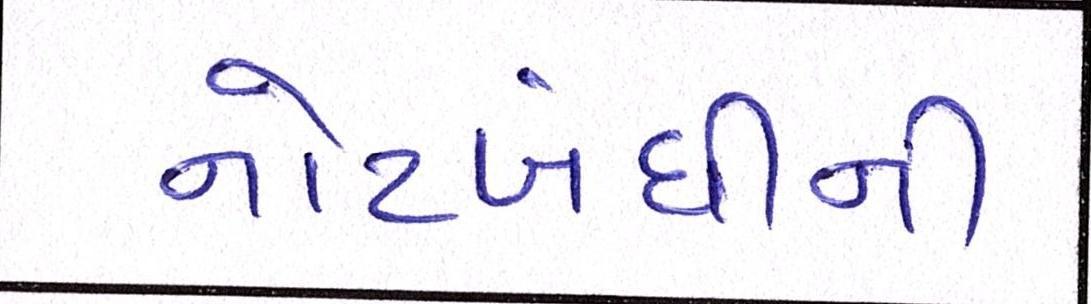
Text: નોટબંધીની